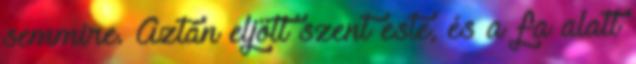
semmire. Aztán eljött szent este, és a fa alatt